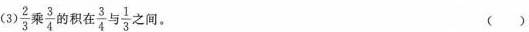
(3)\frac{2}{3}乘\frac{3}{4}的积在\frac{3}{4}与\frac{1}{3}之间。()(